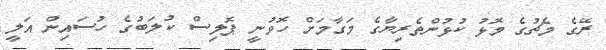
ރޭގެ މެޗުގެ މޮޅު ކުޅުންތެރިޔާގެ މަގާމަށް ހޮވުނީ ޕޮލިސް ކުލަބުގެ ހުސައިން އަލީ